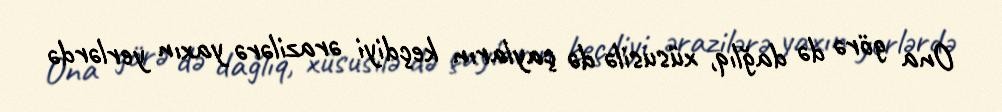
Ona görə də dağlıq, xüsusilə də çayların keçdiyi ərazilərə yaxın yerlərdə